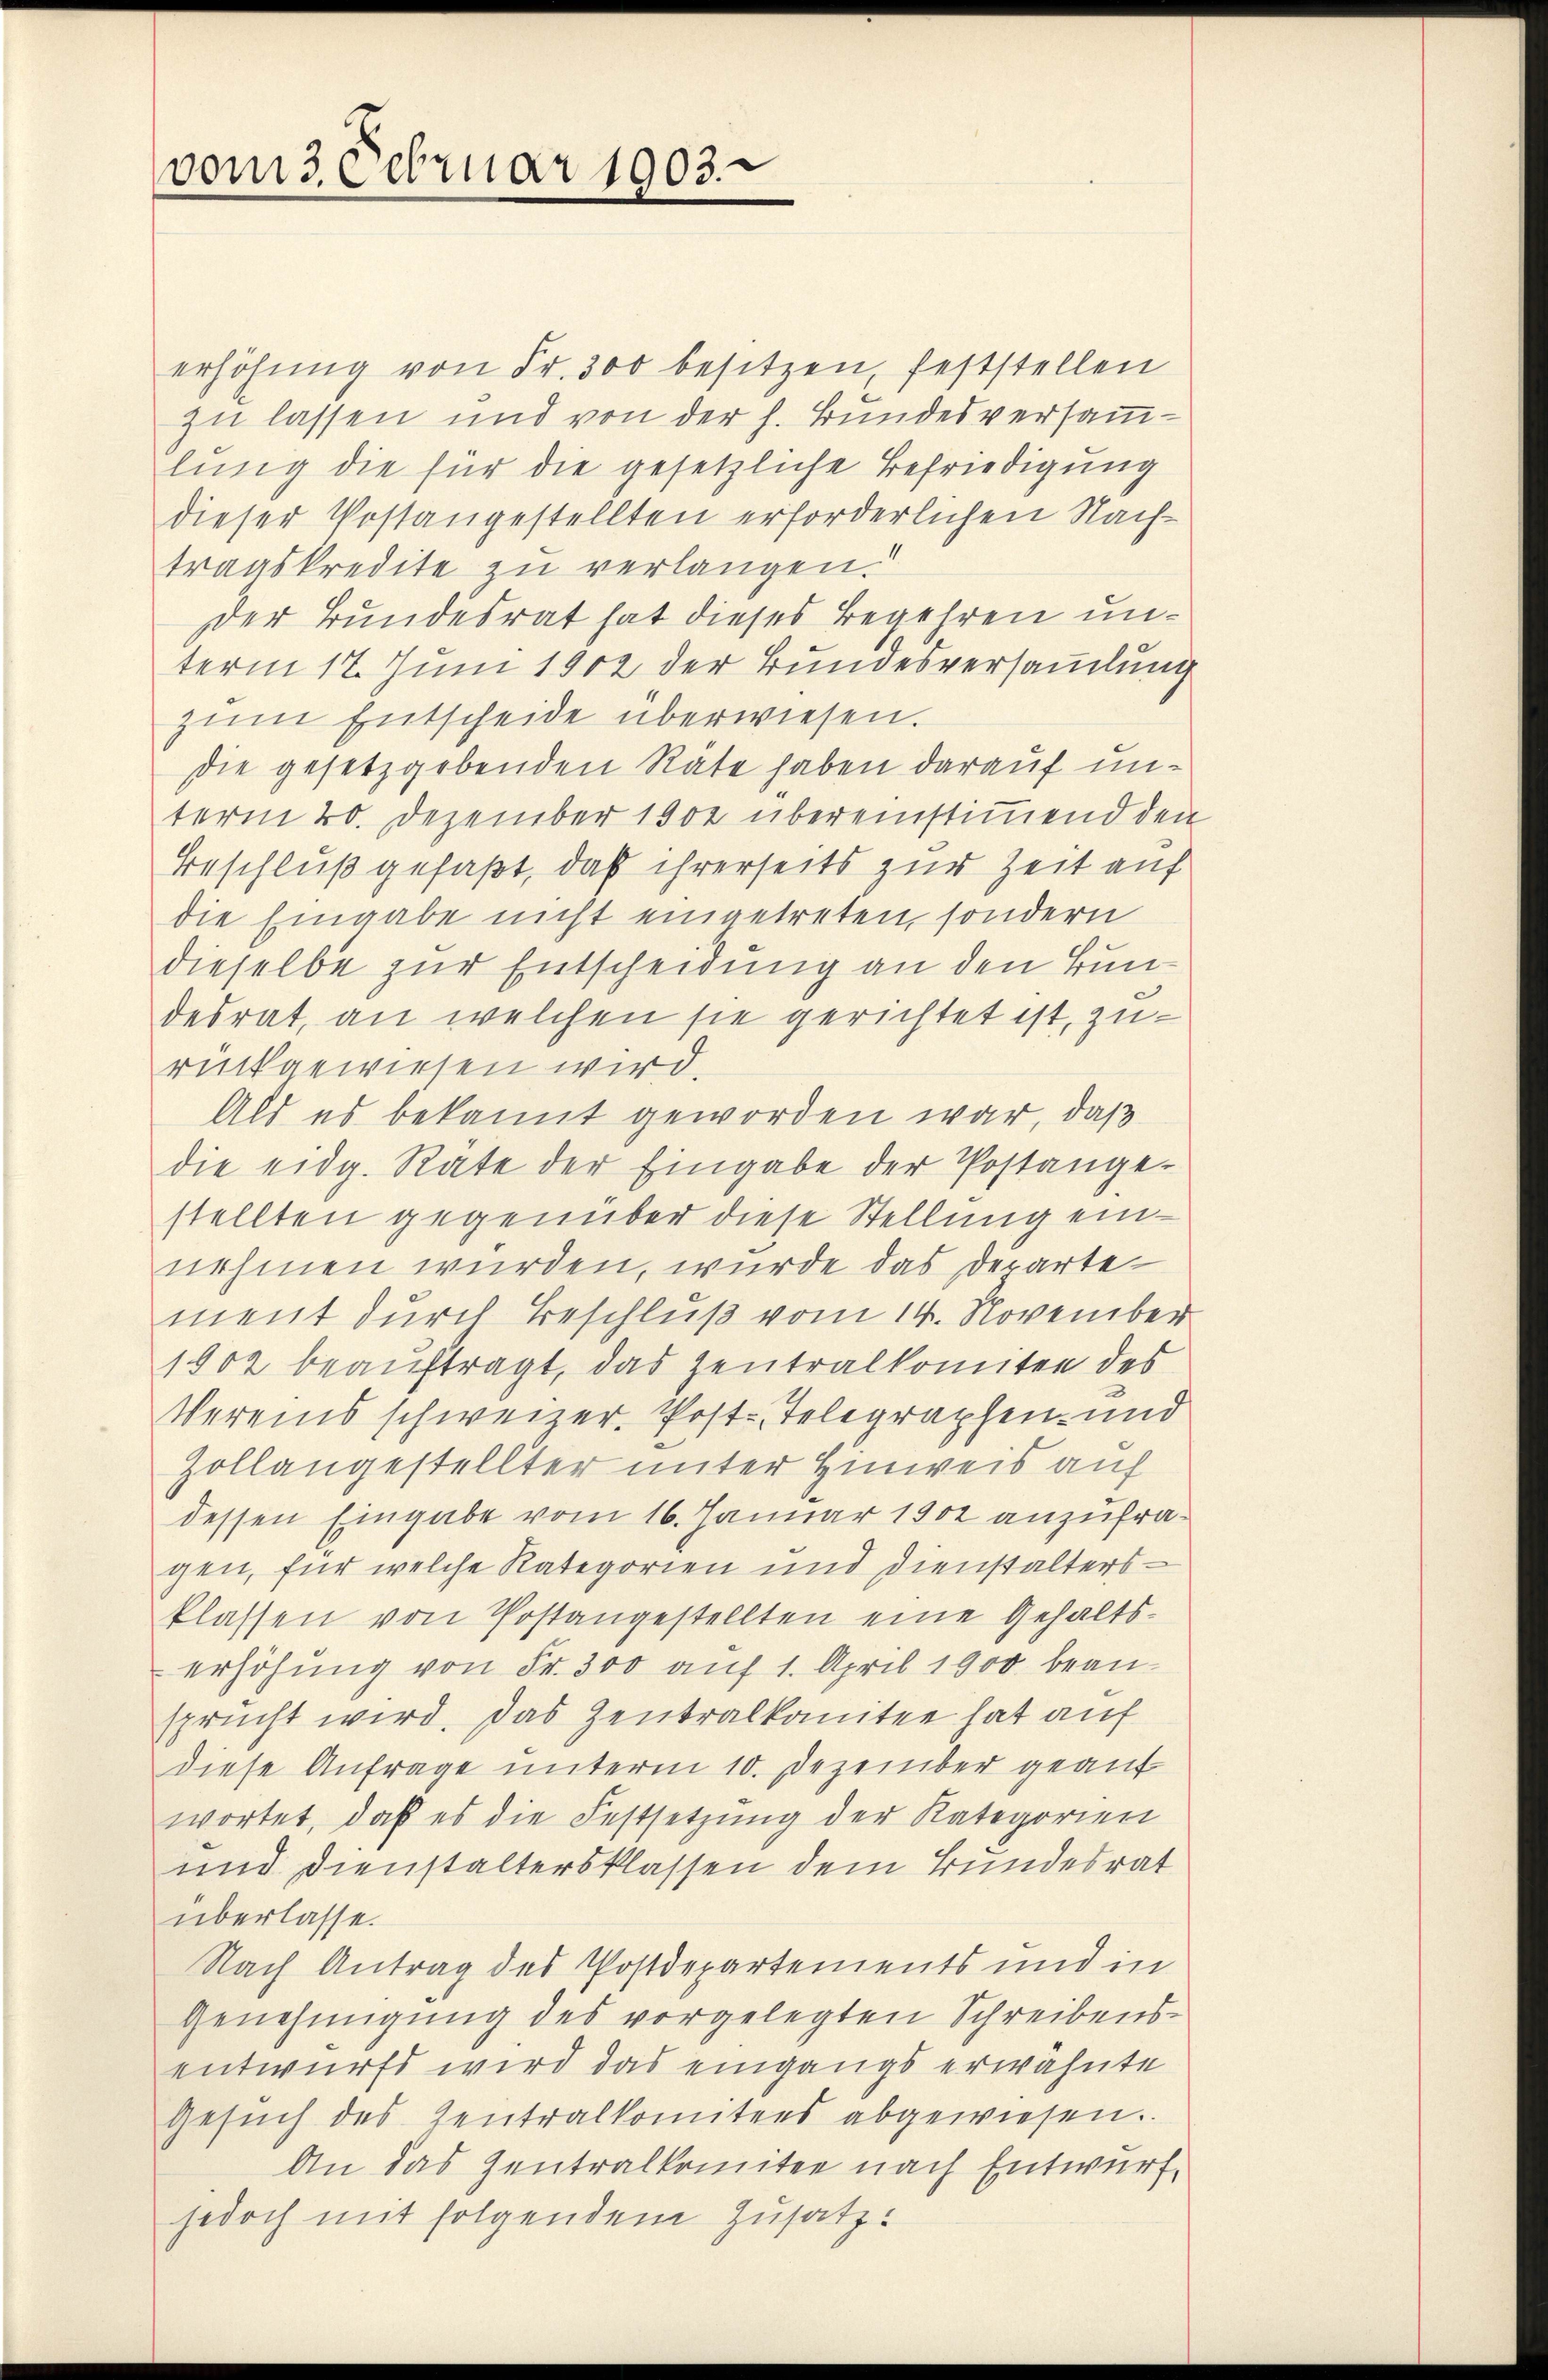
vom 30 ebruar 1903.

erhöhung von Fr. 300 besitzen, feststellen
zu lassen und von der h. Bundesversammlung die für die gesetzliche Befriedigung
dieser Postangestellten erforderlichen Nach-
tragskredite zu verlangen.
der Bundesrat hat dieses Begehren unterm 17. Juni 1902 der Bundesversammlung
zum Entscheide überwiesen.
die gesetzgebenden Räte haben darauf unterm 20. Dezember 1902 übereinstimmend den
Beschluß gefaßt, daß ihrerseits zur Zeit auf
die Eingabe nicht eingetreten, sondern
dieselbe zur Entscheidung an den Bundesrat, an welchen sie gerichtet ist, zurückgewiesen wird.
Als es bekannt geworden war, daß
die eidg. Rate der Eingabe der Postange-
stellten gegenüber diese Stellung einnehmen würden, wurde das Departement durch Beschluß vom 14. November
1902 beauftragt, das Zentralkomiten des
Vereins schweizer. Post-Telegraphen- und
Zollangestellter unter Hinweis auf
dessen Eingabe vom 16. Januar 1902 anzufragen, für welche Rategorien und Dienstalters
klassen von Postangestellten eine Gehaltserhöhung von Fr. 300 auf 1. April 1900 bean-
sprucht wird. Das Zentralkomitee hat auf
diese Anfrage unterm 10. Dezember geauf
wortet, daß es die Festsetzung der Kategorien
und Dienstaltersklassen dem Bundesrat
überlasse.
Nach Antrag des Postdepartements und in
Genehmigung des vorgelegten Schreibensentwurft wird das eingangs erwähnte
Gesŭch des Zentralkomitees abgewiesen.
An das Zentralkomitee nach Entwurf,
jedoch mit folgendem Zusatz: